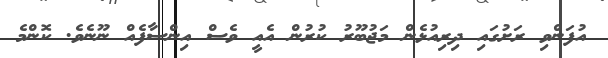
އުފަންވި ރަށުގައި ދިރިއުޅެން މަޖުބޫރު ކުރުން އެއީ ވެސް އިންސާފެއް ނޫނެވެ. ކޮންމެ